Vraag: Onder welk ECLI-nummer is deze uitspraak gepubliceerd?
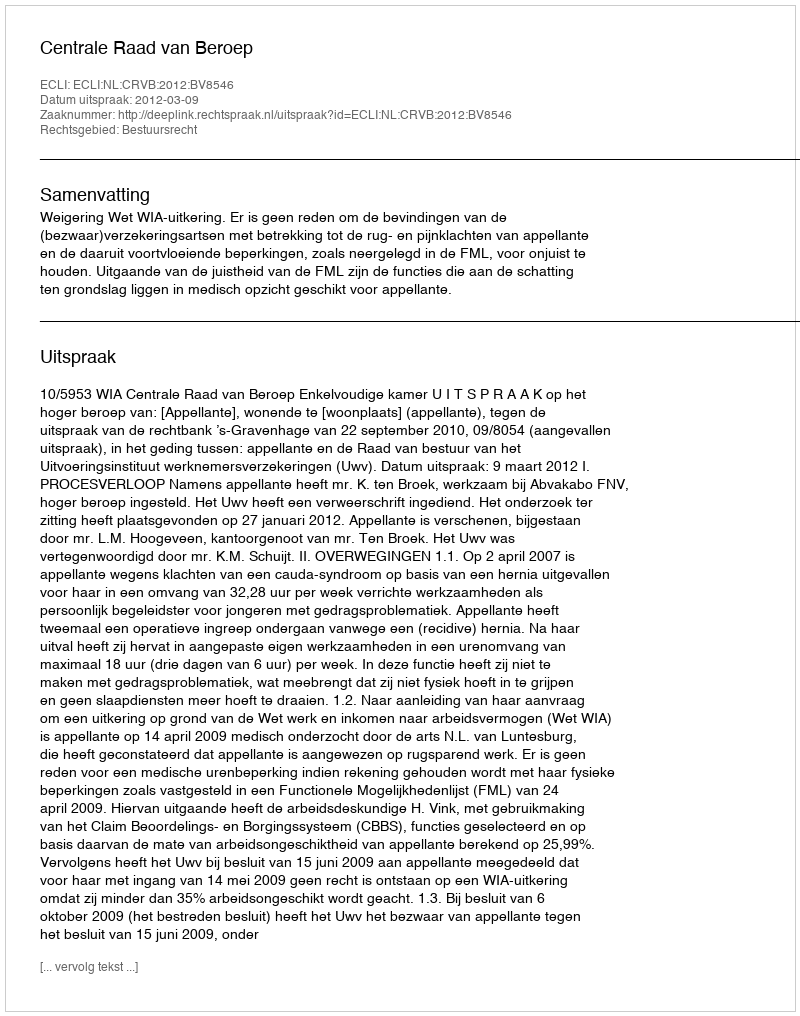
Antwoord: ECLI:NL:CRVB:2012:BV8546